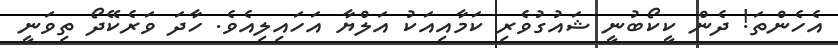
އެހެންތަ! ދެން ކީކޯބުނީ ޝައުގުވެރި ކަމާއިއަކު އަލްޔާ އަހައިލިއެވެ. ހާދަ ވަރެކޭދޯ ތިވަނީ